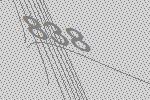
838